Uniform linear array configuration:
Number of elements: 24
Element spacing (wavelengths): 1
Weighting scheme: hamming
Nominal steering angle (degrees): -15
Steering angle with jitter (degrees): -15.395
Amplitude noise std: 0.05
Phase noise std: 0.05

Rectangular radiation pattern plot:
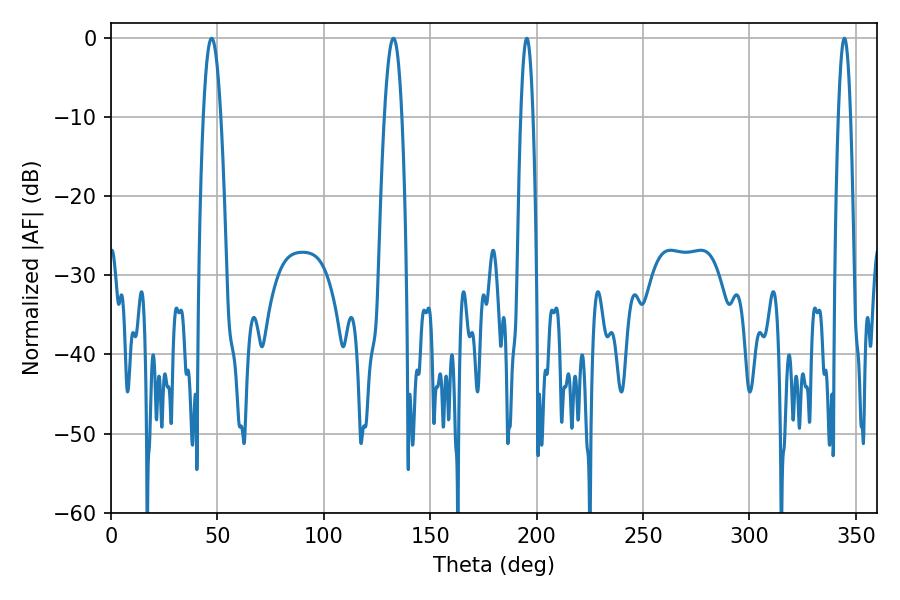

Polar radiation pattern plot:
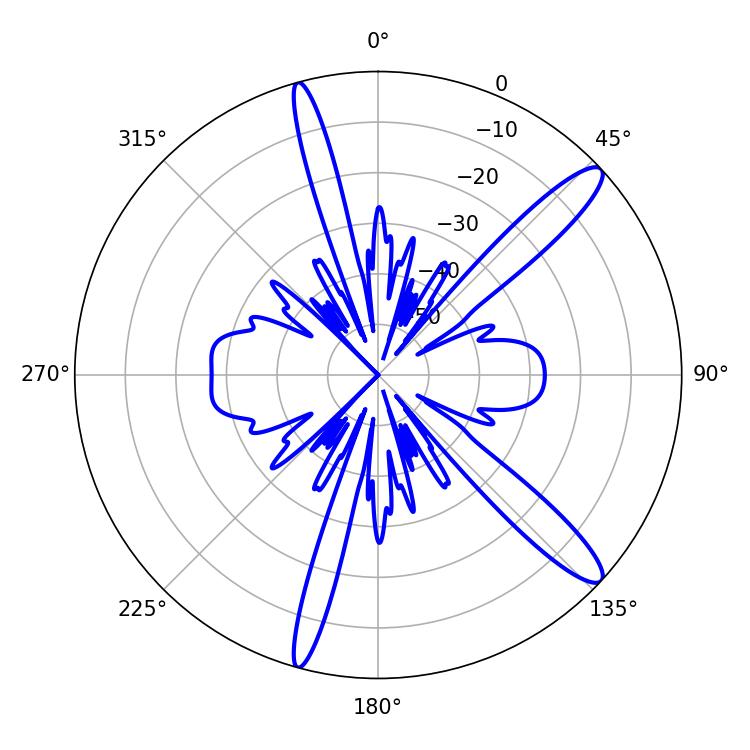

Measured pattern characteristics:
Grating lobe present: TRUE
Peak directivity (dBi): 13.289
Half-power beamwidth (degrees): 4.5
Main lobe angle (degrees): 47.34